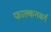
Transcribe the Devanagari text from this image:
फाल्कनबर्ग